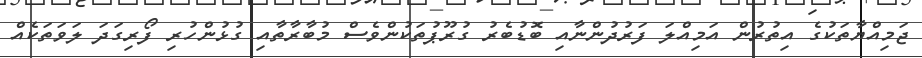
ޖަމިއްޔާތަކުގެ އިތުރުން އަމިއްލަ ފަރުދުންނާއި ބޮޑުބެރު ގުރޫޕުތަކުންވެސް މުބާރާތާއި ގުޅުންހުރި ފޯރިގަދަ ލަވަތަކެއް